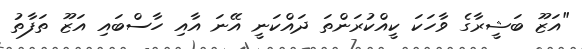
"އަޒޫ ބަޝީރާގެ ވާހަކަ ކީއްކުރަންތަ ދައްކަނީ އޭނަ އާއި ހާސްބައި އަޒޫ ތަފާތު